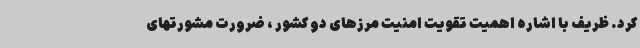
کرد. ظریف با اشاره اهمیت تقویت امنیت مرزهای دو کشور ، ضرورت مشورتهای